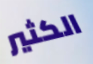
الكثير